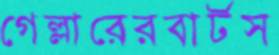
গেল্লারেরবার্টস